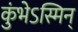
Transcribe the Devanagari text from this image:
कुंभेऽस्मिन्